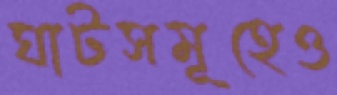
ঘাটসমূহেও